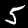
Label: 5